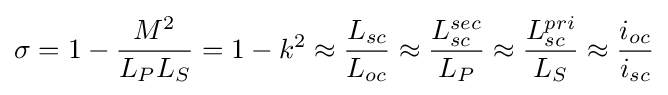
\sigma =1-{\frac {M^{2}}{L_{P}L_{S}}}=1-k^{2}\approx {\frac {L_{sc}}{L_{oc}}}\approx {\frac {L_{sc}^{sec}}{L_{P}}}\approx {\frac {L_{sc}^{pri}}{L_{S}}}\approx {\frac {i_{oc}}{i_{sc}}}